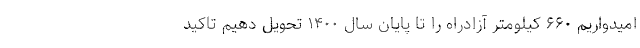
امیدواریم ۶۶۰ کیلومتر آزادراه را تا پایان سال ۱۴۰۰ تحویل دهیم تاکید